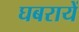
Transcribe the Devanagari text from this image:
घबरायें